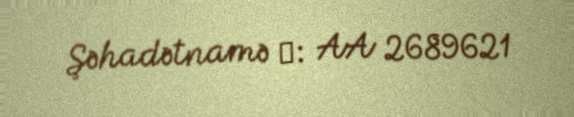
Şəhadətnamə №: AA 2689621